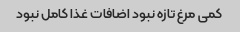
کمی مرغ تازه نبود اضافات غذا کامل نبود